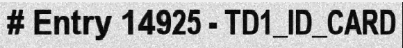
# Entry 14925 - TD1_ID_CARD